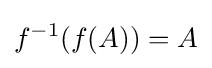
f^{-1}(f(A))=A